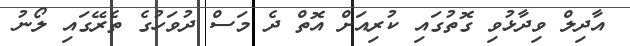
އާދިލް ވިދާޅުވި ގޮތުގައި ކުރިއަށް އޮތް ދެ މަސް ދުވަހުގެ ތެރޭގައި ލޯނު